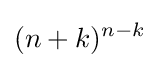
(n+k)^{n-k}